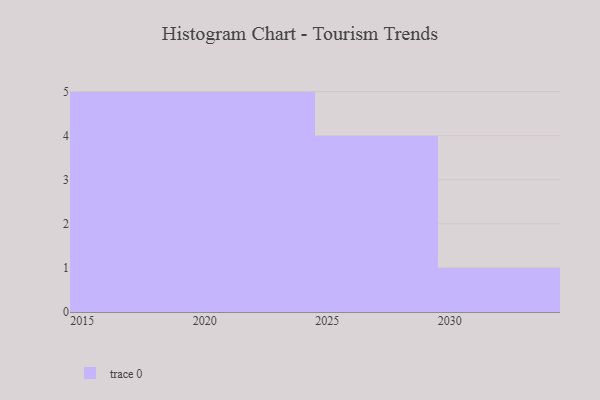
{"axis": {"x": "Year", "y": "Active Users"}, "legend": [""], "data": [{"x": "2015", "y": 68, "type": ""}, {"x": "2020", "y": 81, "type": ""}, {"x": "2027", "y": 41, "type": ""}, {"x": "2026", "y": 70, "type": ""}, {"x": "2018", "y": 94, "type": ""}, {"x": "2030", "y": 37, "type": ""}, {"x": "2023", "y": 18, "type": ""}, {"x": "2019", "y": 87, "type": ""}, {"x": "2028", "y": 78, "type": ""}, {"x": "2024", "y": 22, "type": ""}, {"x": "2017", "y": 48, "type": ""}, {"x": "2021", "y": 76, "type": ""}, {"x": "2025", "y": 83, "type": ""}, {"x": "2016", "y": 18, "type": ""}, {"x": "2022", "y": 28, "type": ""}]}